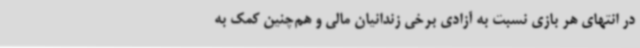
در انتهای هر بازی نسبت به آزادی برخی زندانیان مالی و هم‌چنین کمک به